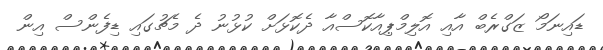
ޑައިނަމޯ ޒަގްރެބް އާއި އޮލިމްޕިއާކޮސްއާ ދެކޮޅަށް ކުޅުނު ދެ މެޗުގައި ޑިފެންސް އިން